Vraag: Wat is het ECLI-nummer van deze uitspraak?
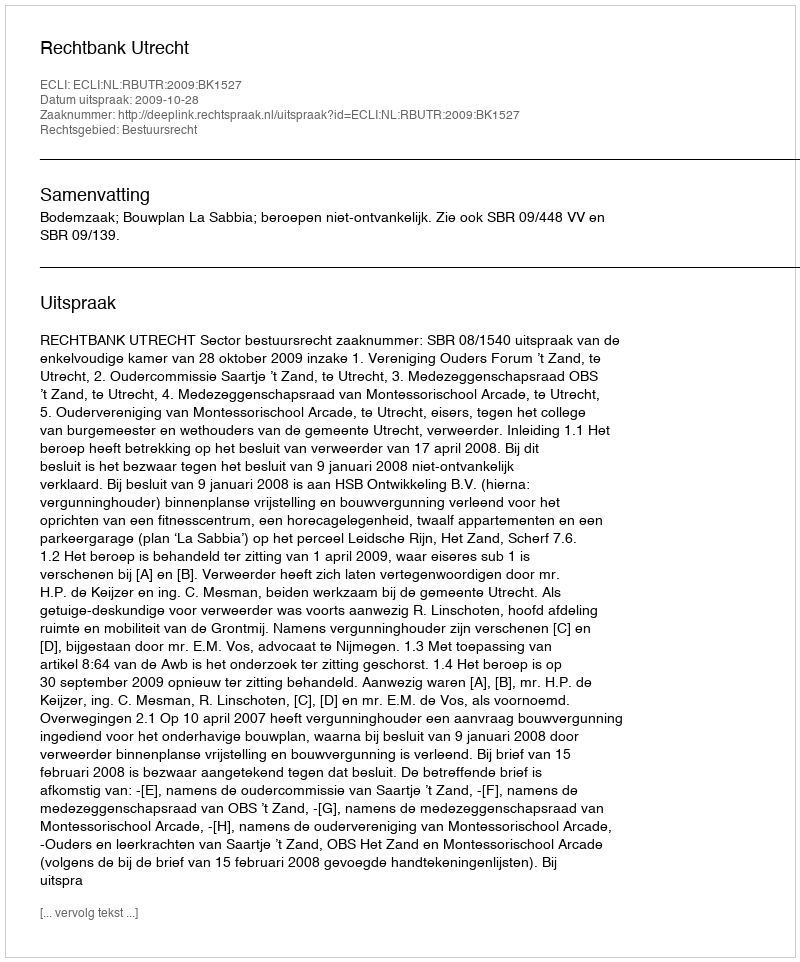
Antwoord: ECLI:NL:RBUTR:2009:BK1527